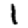
Digit: 1